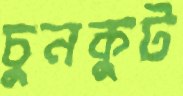
চুনকুট